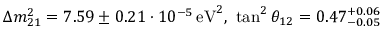
\Delta m _ { 2 1 } ^ { 2 } = 7 . 5 9 \pm 0 . 2 1 \cdot 1 0 ^ { - 5 } \, { \mathrm { e V } } ^ { 2 } , \, \, \tan ^ { 2 } \theta _ { 1 2 } = 0 . 4 7 _ { - 0 . 0 5 } ^ { + 0 . 0 6 }